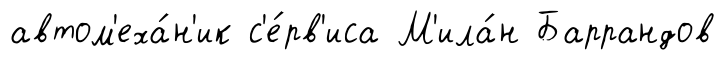
автом'еха́н'ик с'е́рв'иса М'ила́н Баррандов